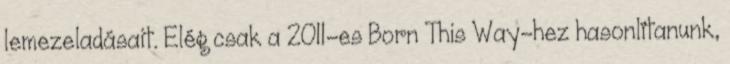
lemezeladásait. Elég csak a 2011-es Born This Way-hez hasonlítanunk,